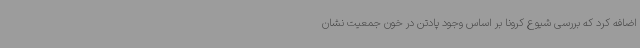
اضافه کرد که بررسی شیوع کرونا بر اساس وجود پادتن در خون جمعیت نشان